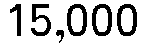
15,000